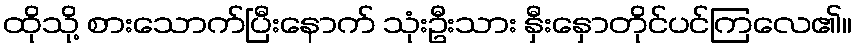
ထိုသို့ စားသောက်ပြီးနောက် သုံးဦးသား နှီးနှောတိုင်ပင်ကြလေ၏။